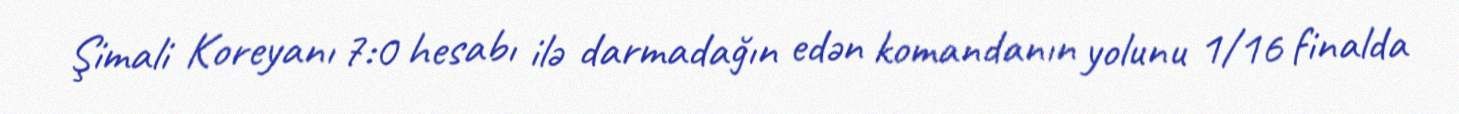
Şimali Koreyanı 7:0 hesabı ilə darmadağın edən komandanın yolunu 1/16 finalda